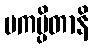
ပကပ္ပိတာနိ